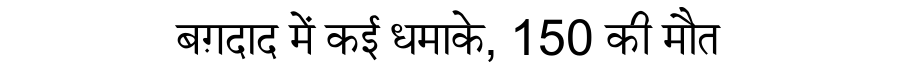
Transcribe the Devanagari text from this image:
बग़दाद में कई धमाके, 150 की मौत